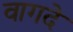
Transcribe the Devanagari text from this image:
वागदे